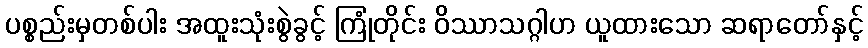
ပစ္စည်းမှတစ်ပါး အထူးသုံးစွဲခွင့် ကြုံတိုင်း ဝိဿာသဂ္ဂါဟ ယူထားသော ဆရာတော်နှင့်